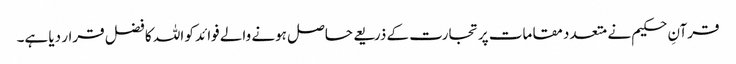
قرآنِ حکیم نے متعدد مقامات پرتجارت کے ذریعے حاصل ہونے والے فوائد کو اللہ کا فضل قرار دیا ہے۔